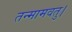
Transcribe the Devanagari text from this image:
तन्मामवतु।